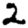
Digit: 2